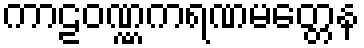
ကာဠဝဏ္ဏကရဏမတ္တေန